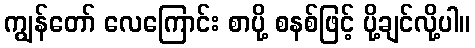
ကျွန်တော် လေကြောင်း စာပို့ စနစ်ဖြင့် ပို့ချင်လို့ပါ။